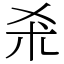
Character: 𣏂